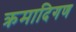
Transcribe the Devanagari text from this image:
क्रमादिगण